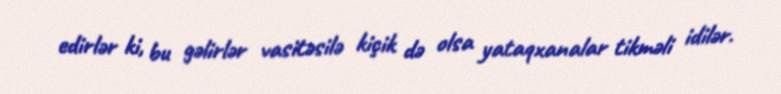
edirlər ki, bu gəlirlər vasitəsilə kiçik də olsa yataqxanalar tikməli idilər.